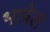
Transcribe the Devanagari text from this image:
भावेल